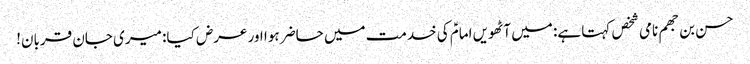
حسن بن جھم نامی شخص کہتا ہے: میں آٹھویں امامؑ کی خدمت میں حاضر ہوا اور عرض کیا: میری جان قربان!